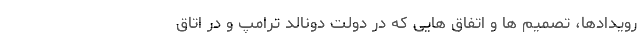
رویدادها، تصمیم ها و اتفاق هایی که در دولت دونالد ترامپ و در اتاق